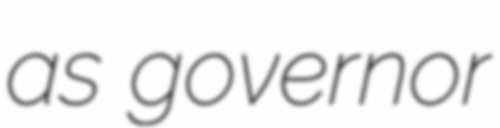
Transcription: as governor